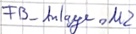
Text: FB_Anlage.M2